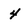
Character: 4